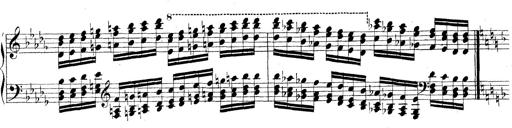
Title: Technische Studien
Composer: Franz Liszt